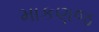
માકણજ